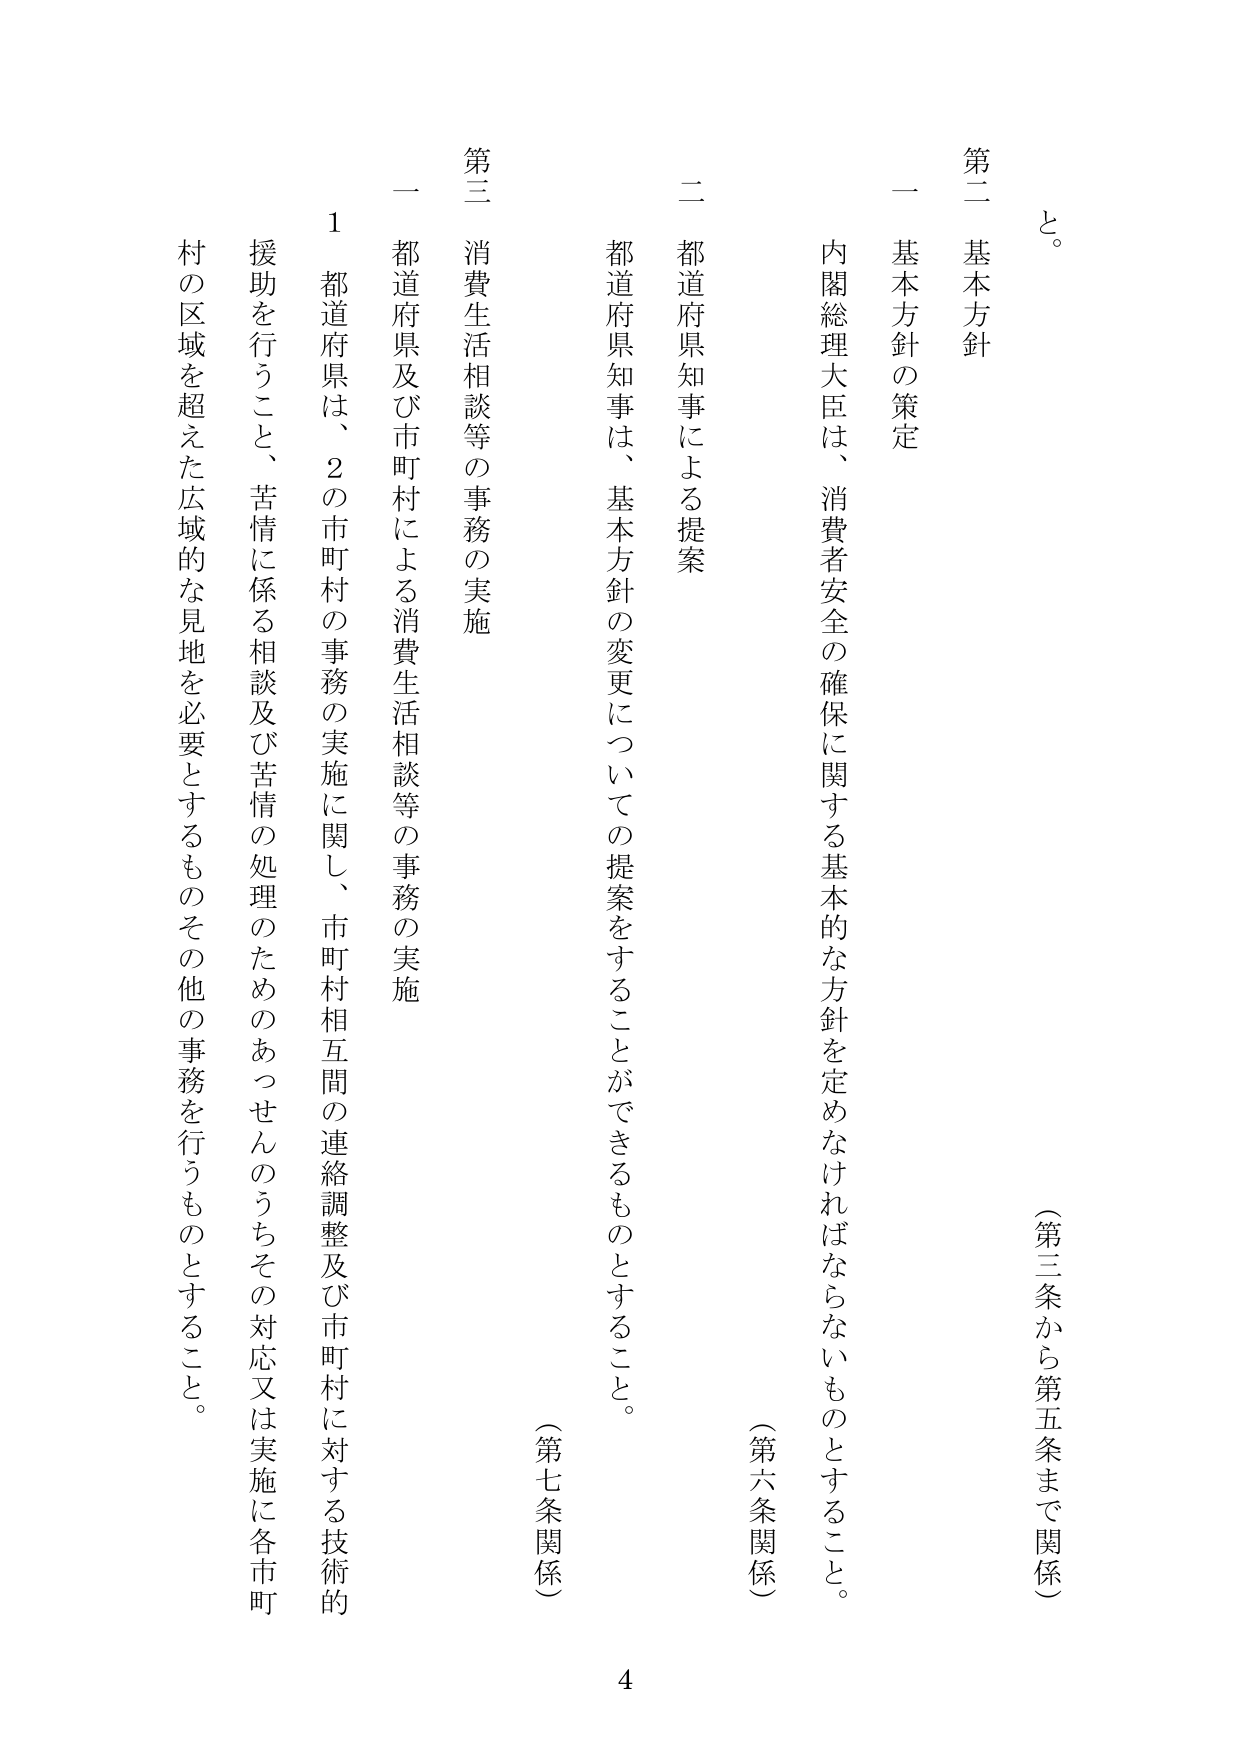
と。

（第三条から第五条まで関係）

第二 基本方針

一 基本方針の策定

内閣総理大臣は、消費者安全の確保に関する基本的な方針を定めなければならないものとすること。

（第六条関係）

二 都道府県知事による提案

都道府県知事は、基本方針の変更についての提案をすることができるものとすること。

（第七条関係）

第三 消費生活相談等の事務の実施

一 都道府県及び市町村による消費生活相談等の事務の実施

1 都道府県は、2の市町村の事務の実施に関し、市町村相互間の連絡調整及び市町村に対する技術的援助を行うこと、苦情に係る相談及び苦情の処理のためのあっせんのうちその対応又は実施に各市町村の区域を超えた広域的な見地を必要とするものその他の事務を行うものとすること。

4